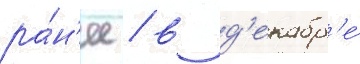
ра́н'ее / в д'екабр'е́